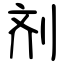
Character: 剂